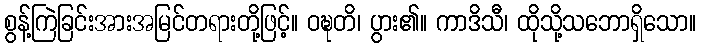
စွန့်ကြဲခြင်းအားအမြင်တရားတို့ဖြင့်။ ဝဍ္ဎတိ၊ ပွား၏။ ကာဒိသီ၊ ထိုသို့သဘောရှိသော။